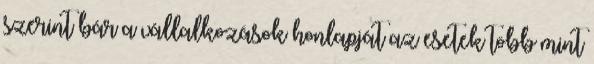
szerint bár a vállalkozások honlapját az esetek több mint